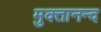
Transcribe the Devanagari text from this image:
मुक्तानन्द